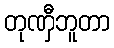
တုဏှီဘူတာ